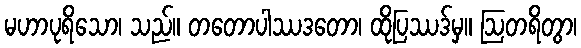
မဟာပုရိသော၊ သည်။ တတောပါဿဒတော၊ ထိုပြဿဒ်မှ။ ဩတရိတွာ၊